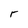
Character: r